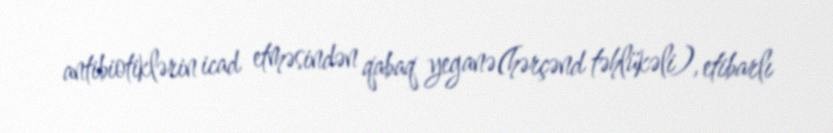
antibiotiklərin icad etməsindən qabaq yeganə(hərçənd təhlükəli), etibarlı